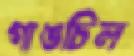
গাঙচিল